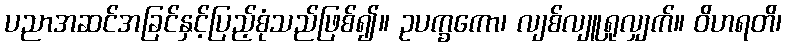
ပညာအဆင်အခြင်နှင့်ပြည့်စုံသည်ဖြစ်၍။ ဥပက္ခကော၊ လျစ်လျူရှုလျှက်။ ဝိဟရတိ၊